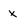
Character: x